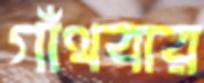
গাঁথবার